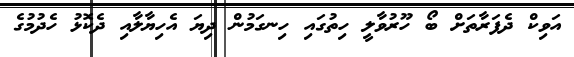
އަވިކް ދެފަރާތަށް ބޯ ހޫރުވާލީ ހިތުގައި ހިނގަމުން ދިޔަ އެހިޔާލާއި ދެކޮޅު ހެދުމުގެ